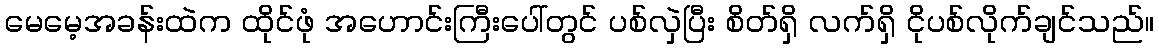
မေမေ့အခန်းထဲက ထိုင်ဖုံ အဟောင်းကြီးပေါ်တွင် ပစ်လှဲပြီး စိတ်ရှိ လက်ရှိ ငိုပစ်လိုက်ချင်သည်။